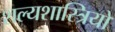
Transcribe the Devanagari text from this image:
शल्यशास्त्रियों